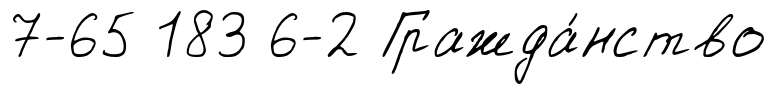
7-65 183 6-2 Гражда́нство